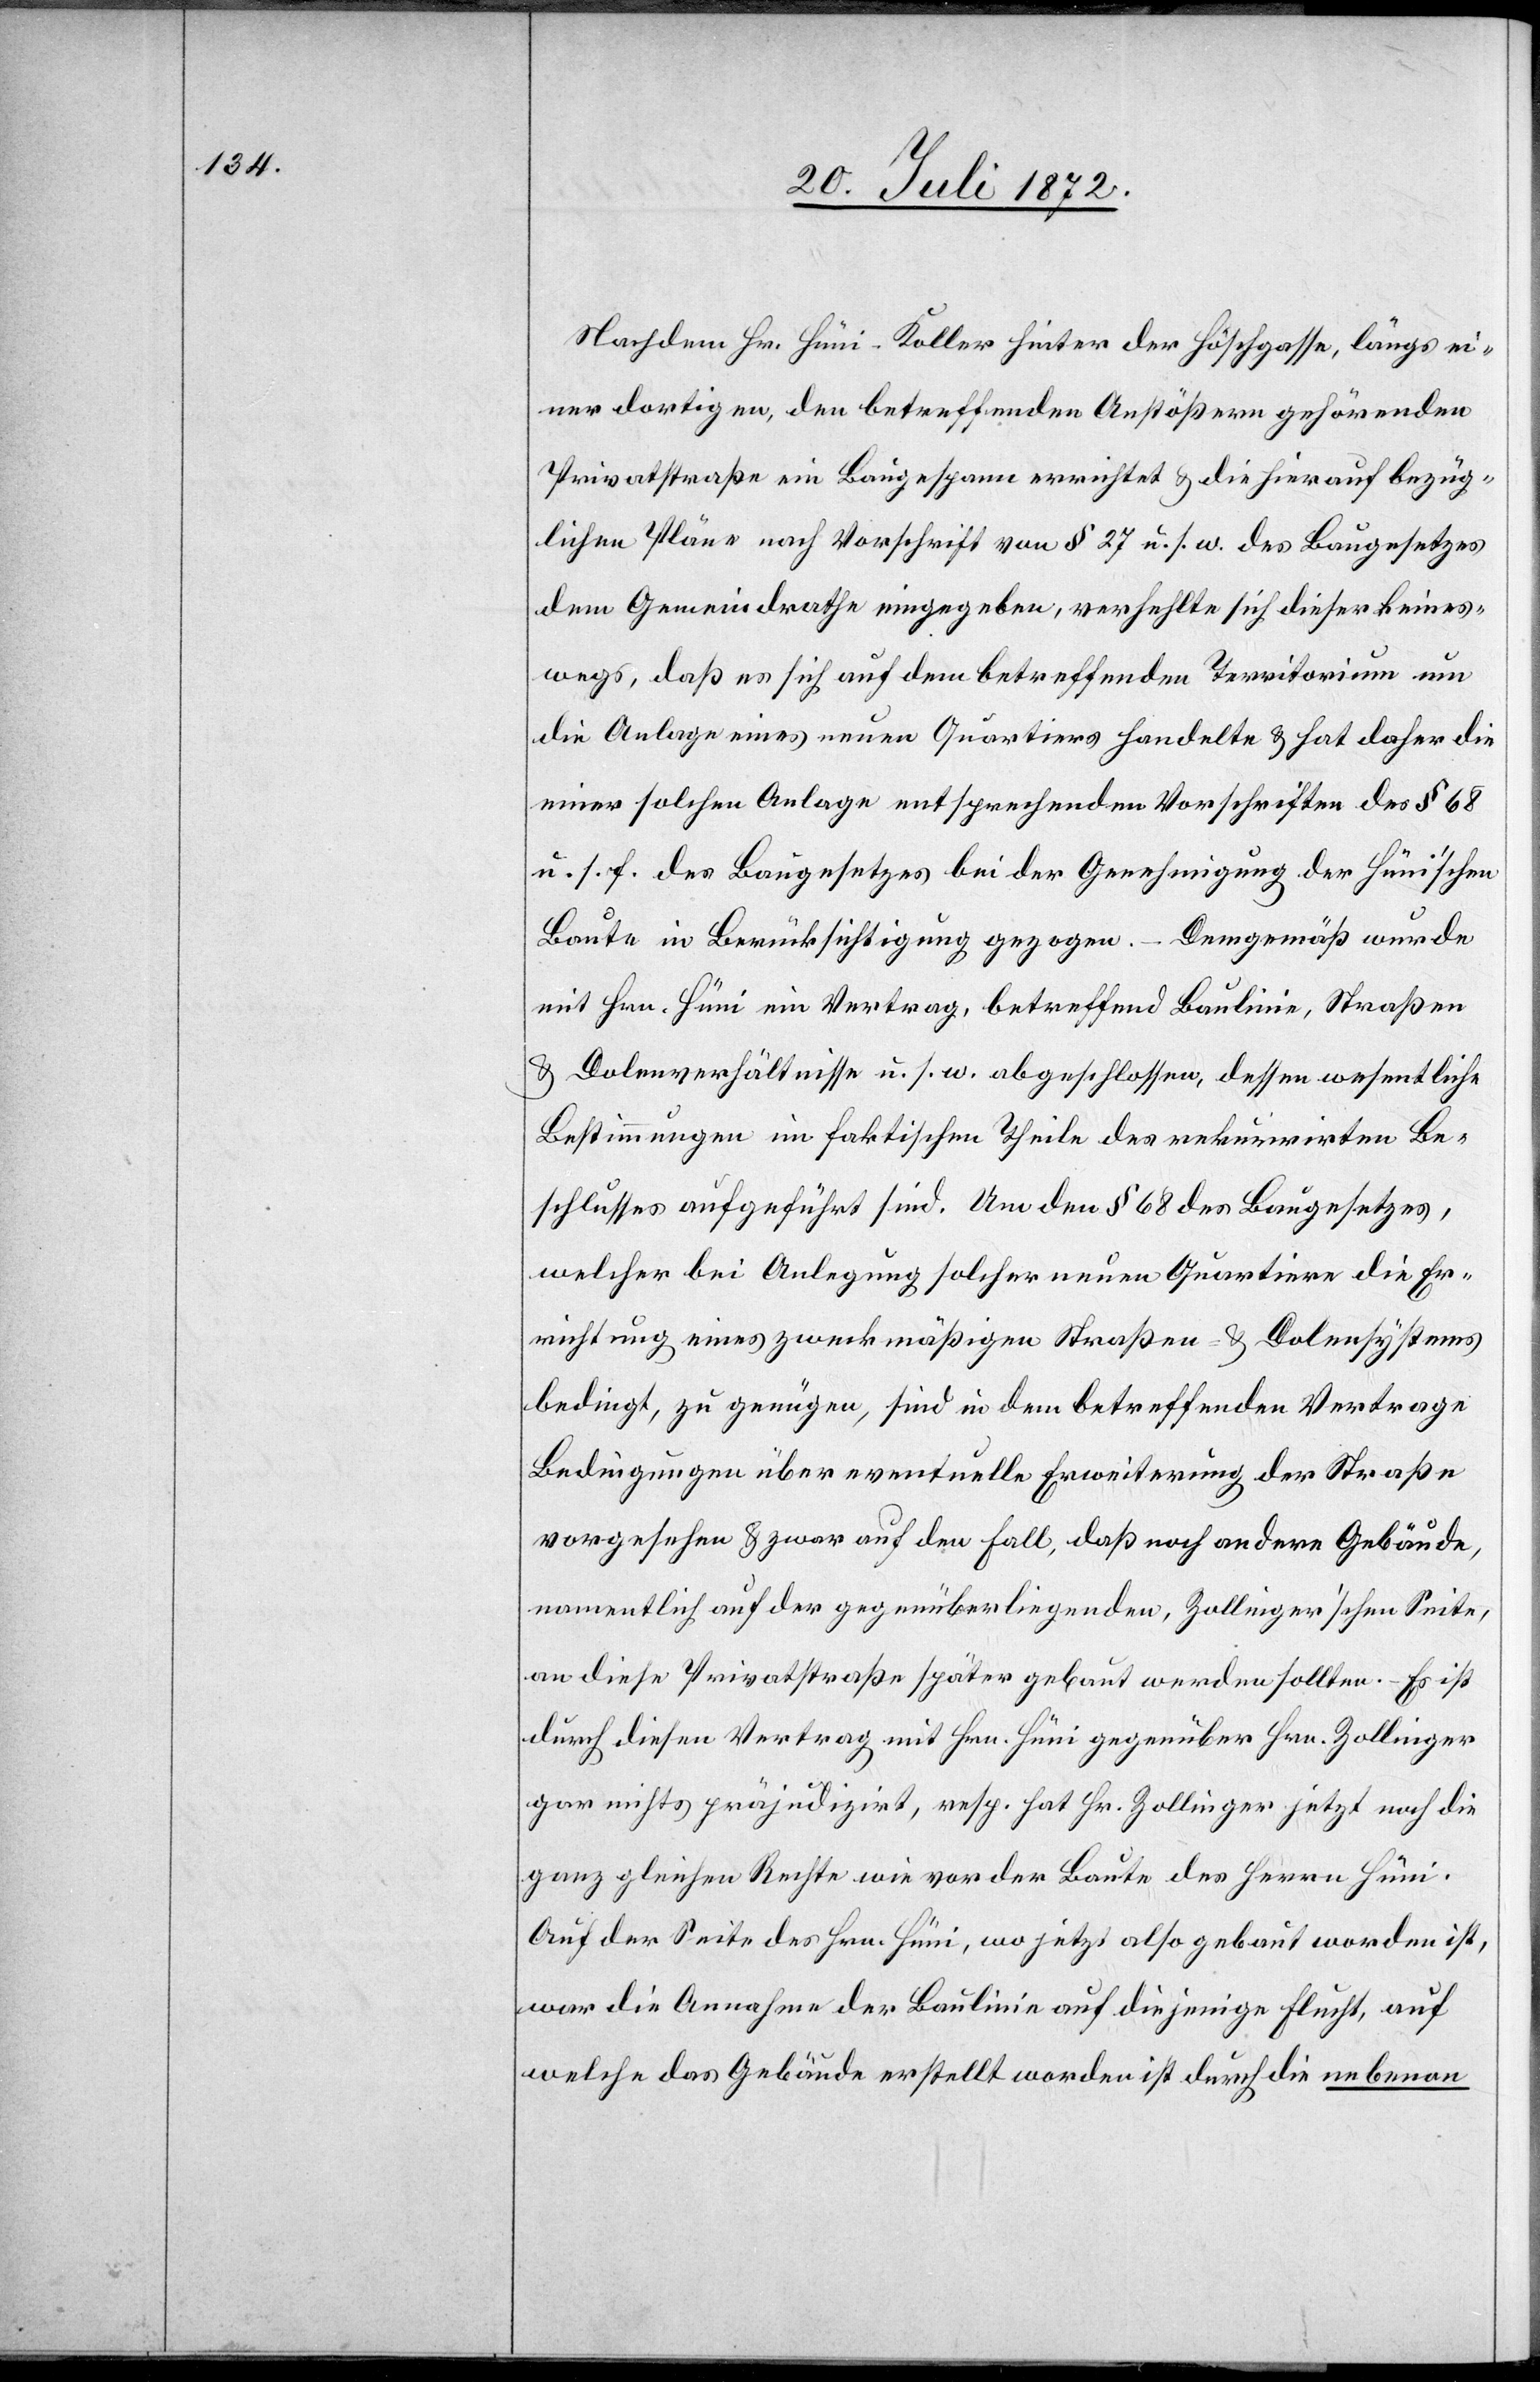
Nachdem Hr. Hüni-Koller hinter der Höschgasse, längs ei¬
ner dortigen, den betreffenden Anstößern gehörenden
Privatstraße ein Baugespann errichtet u. die hierauf bezüg¬
lichen Pläne nach Vorschrift von § 27 u. s. w. des Baugesetzes
dem Gemeindrathe eingegeben, verhehlte sich dieser keines¬
wegs, daß es sich auf dem betreffenden Territorium um
die Anlage eines neuen Quartiers handelte u. hat daher die
einer solchen Anlage entsprechenden Vorschriften des § 68
u. s. f. des Baugesetzes bei der Genehmigung der Hüni’schen
Baute in Berücksichtigung gezogen. – Demgemäß wurde
mit Hrn. Hüni ein Vertrag, betreffend Baulinie, Straßen
u. Dolenverhältnisse u. s. w. abgeschlossen, dessen wesentliche
Bestimmungen im faktischen Theile des rekurrirten Be¬
schlusses aufgeführt sind. Um den § 68 des Baugesetzes,
welcher bei Anlegung solcher neuen Quartiere die Er¬
richtung eines zweckmäßigen Straßen- u. Dolensystems
bedingt, zu genügen, sind in dem betreffenden Vertrage
Bedingungen über eventuelle Erweiterung der Straße
vorgesehen u. zwar auf den Fall, daß noch andere Gebäude,
namentlich auf der gegenüber liegenden, Zollinger’schen Seite,
an diese Privatstraße später gebaut werden sollten. – Es ist
durch diesen Vertrag mit Hrn. Hüni gegenüber Hrn. Zollinger
gar nichts präjudizirt, resp. hat Hr. Zollinger jetzt noch die
ganz gleichen Rechte wie vor der Baute des Herrn Hüni.
Auf der Seite des Hrn. Hüni, wo jetzt also gebaut worden ist,
war die Annahme der Baulinie auf diejenige Flucht, auf
welche das Gebäude erstellt worden ist durch die nebenan